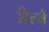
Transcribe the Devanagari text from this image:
टिल्मै